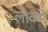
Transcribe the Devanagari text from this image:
लोकमे